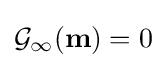
{\mathcal {G_{1}}}(\mathbf {m} )=0